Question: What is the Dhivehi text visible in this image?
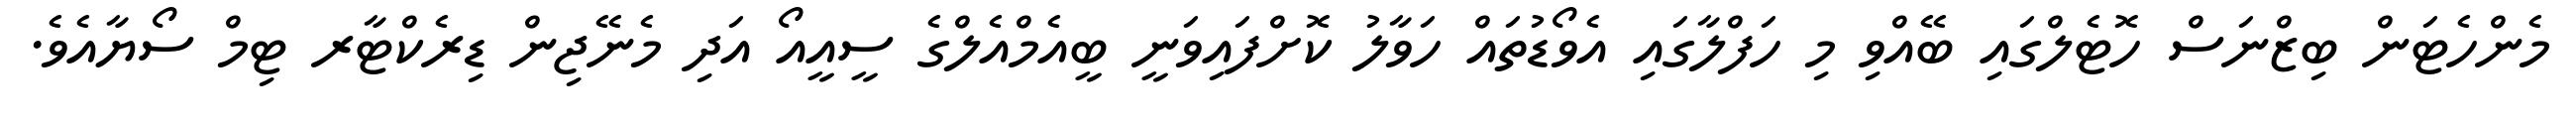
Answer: މެންހެޓަން ބިޒްނަސް ހޮޓެލްގައި ބޭއްވި މި ހަފްލާގައި އެވޯޑުތައް ހަވާލު ކޮށްފައިވަނީ ބީއެމްއެލްގެ ސީއީއޯ އަދި މެނޭޖިން ޑިރެކްޓާރ ޓިމް ސޯޔާއެވެ.